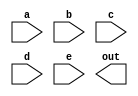
 //Given five 1-bit signals (a, b, c, d, and e), compute all 25 pairwise one-bit comparisons 
 // in the 25-bit output vector. The output should be 1 if the two bits being compared are equal.

// Hint: out[24] = ~a ^ a;   // a == a, so out[24] is always 1.
// out[23] = ~a ^ b;
// out[22] = ~a ^ c;
// ...

module top_module (
    input a, b, c, d, e,
    output [24:0] out );//

    // The output is XNOR of two vectors created by 
    // concatenating and replicating the five inputs.
    // assign out = ~{ ... } ^ { ... };
    // Insert your code below

endmodule